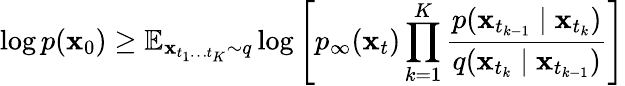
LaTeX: \log p(\mathbf{x}_{0})\ge\mathbb{E}_{\mathbf{x}_{t_{1}\ldots t_{K}}\sim q}\log\left[p_{\infty}(\mathbf{x}_{t})\prod_{k=1}^{K}\frac{p(\mathbf{x}_{t_{k-1}}\mid\mathbf{x}_{t_{k}})}{q(\mathbf{x}_{t_{k}}\mid\mathbf{x}_{t_{k-1}})}\right]